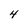
Character: 4